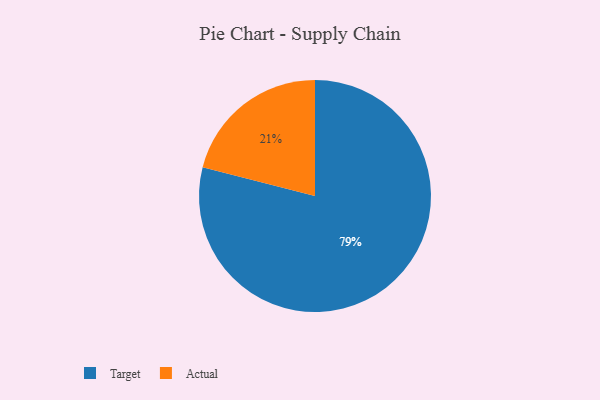
{"axis": {"x": "Category", "y": "Percentage"}, "legend": ["Actual", "Target"], "data": [{"x": "Target", "y": 79, "type": "Target"}, {"x": "Actual", "y": 21, "type": "Actual"}]}